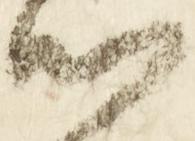
候